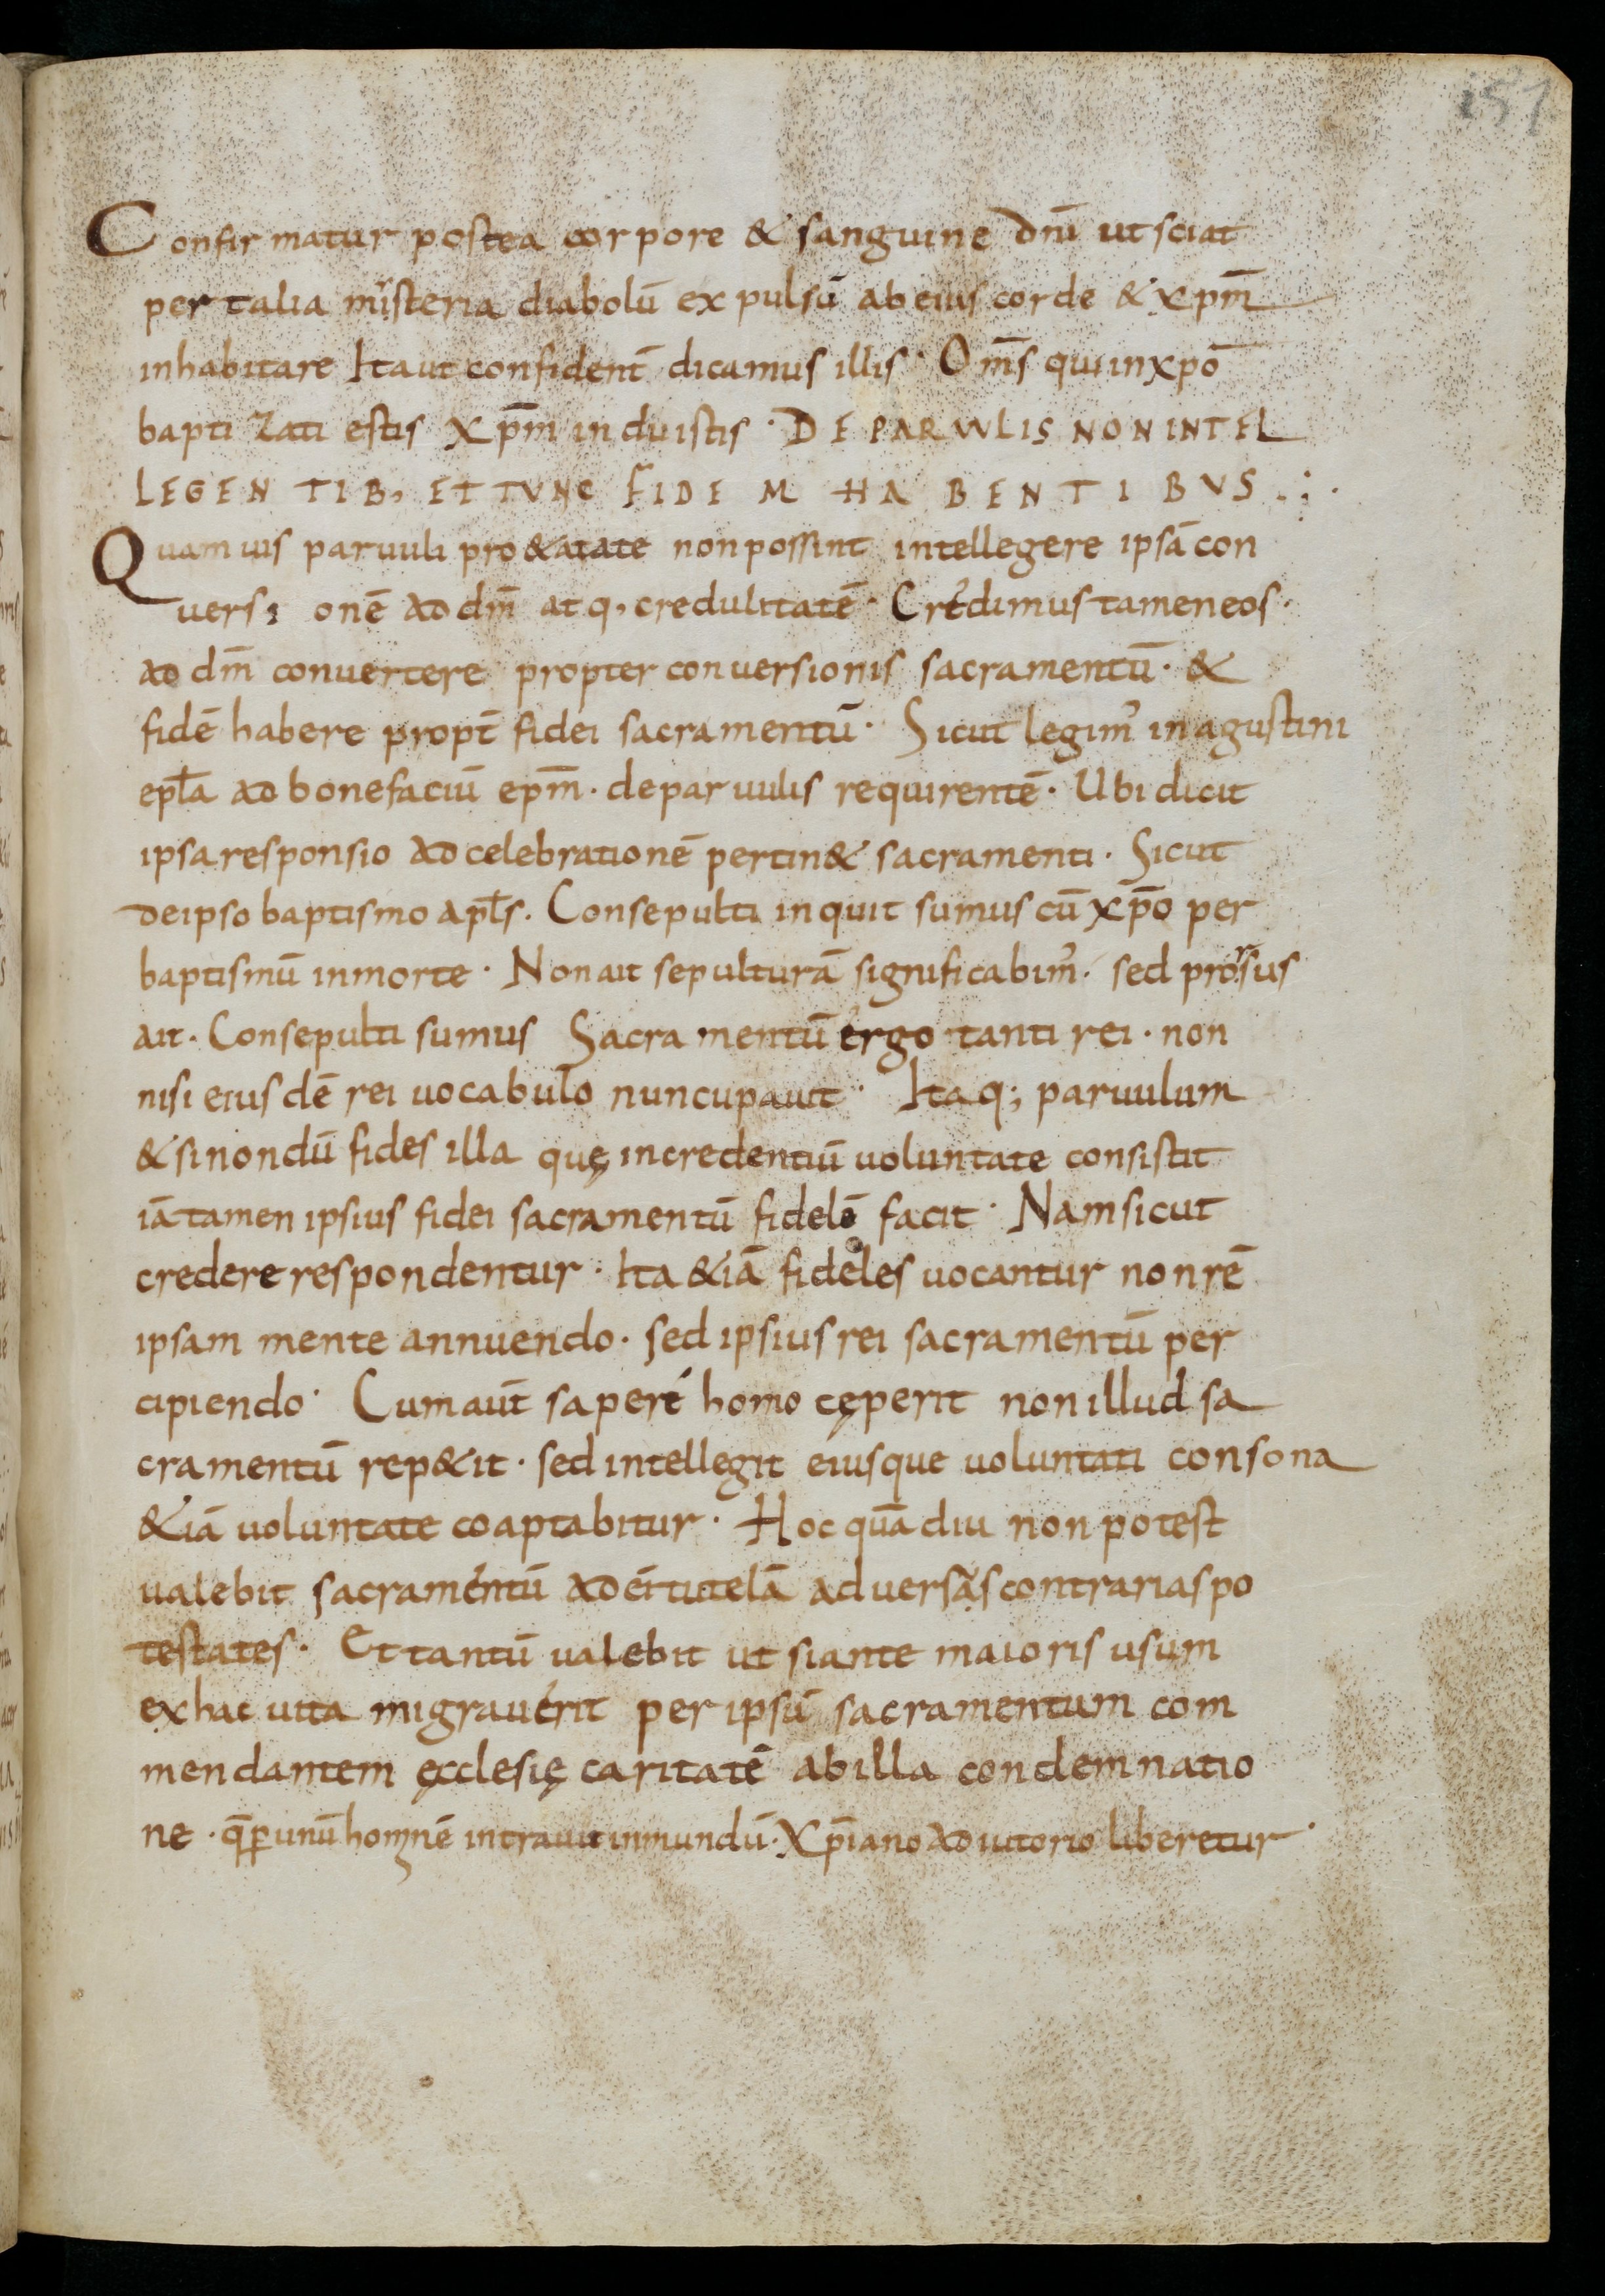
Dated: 900–999